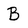
Character: B